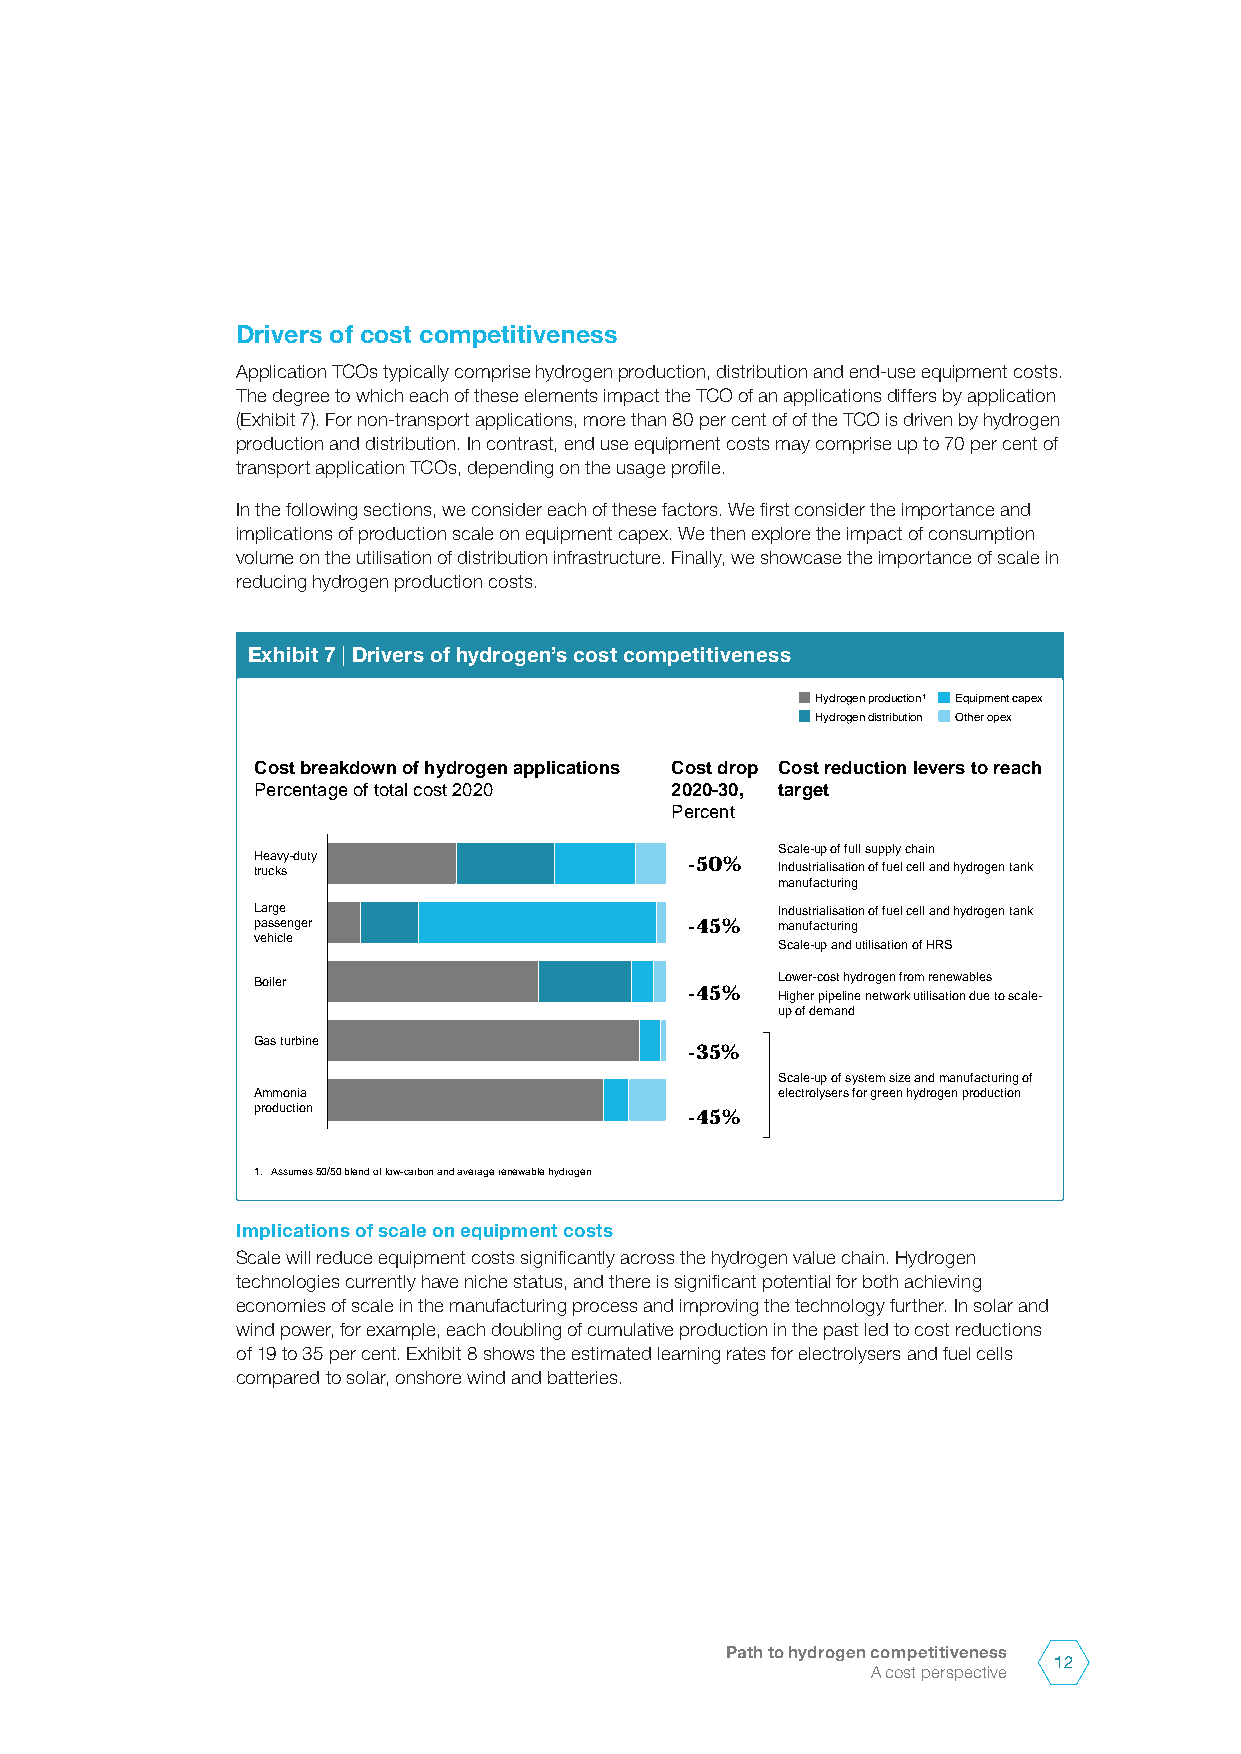
Drivers of cost competitiveness
 Application TCOs typically comprise hydrogen production, distribution and end-use equipment costs.
 The degree to which each of these elements impact the TCO of an applications differs by application
 (Exhibit 7). For non-transport applications, more than 80 per cent of of the TCO is driven by hydrogen
 production and distribution. In contrast, end use equipment costs may comprise up to 70 per cent of
 transport application TCOs, depending on the usage profile.
 In the following sections, we consider each of these factors. We first consider the importance and
 implications of production scale on equipment capex. We then explore the impact of consumption
 volume on the utilisation of distribution infrastructure. Finally, we showcase the importance of scale in
 reducing hydrogen production costs.
 Exhibit 7 | Drivers of hydrogen’s cost competitiveness
 Hydrogen production1 Equipment capex
 Hydrogen distribution Other opex
 Cost breakdown of hydrogen applications Cost drop Cost reduction levers to reach
 Percentage of total cost 2020 2020-30, target
 Percent
 Scale-up of full supply chain
 H true ca kv sy-duty         -50% Industrialisation of fuel cell and hydrogen tank
 manufacturing
 Large                             Industrialisation of fuel cell and hydrogen tank
 passenger                    -45% manufacturing
 vehicle
 Scale-up and utilisation of HRS
 Boiler                            Lower-cost hydrogen from renewables
 -45% Higher pipeline network utilisation due to scale-
 up of demand
 Gas turbine
 -35%
 Scale-up of system size and manufacturing of
 Ammonia                           electrolysers for green hydrogen production
 production                   -45%
 1. Assumes 50/50 blend of low-carbon and average renewable hydrogen
 Implications of scale on equipment costs
 Scale will reduce equipment costs significantly across the hydrogen value chain. Hydrogen
 technologies currently have niche status, and there is significant potential for both achieving
 economies of scale in the manufacturing process and improving the technology further. In solar and
 wind power, for example, each doubling of cumulative production in the past led to cost reductions
 of 19 to 35 per cent. Exhibit 8 shows the estimated learning rates for electrolysers and fuel cells
 compared to solar, onshore wind and batteries.
 Path to hydrogen competitiveness
 12
 A cost perspective